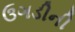
ઉગડીની